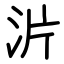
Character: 沜